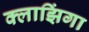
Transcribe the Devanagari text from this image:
क्लाझिंगा